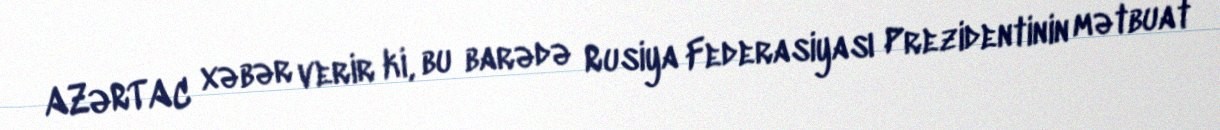
AZƏRTAC xəbər verir ki, bu barədə Rusiya Federasiyası Prezidentinin mətbuat